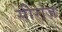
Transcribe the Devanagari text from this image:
सीराज़